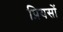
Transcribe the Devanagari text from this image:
प्रियसों